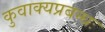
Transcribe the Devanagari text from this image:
कुवाक्यप्रबन्धः